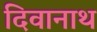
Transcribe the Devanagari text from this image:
दिवानाथ